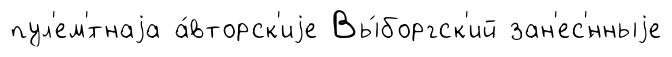
пул'ем'́тнаjа а́вторск'иjе Вы́боргск'ий зан'ес'́нныjе